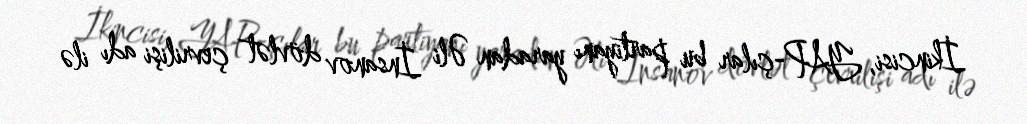
İkincisi, YAP-çılar bu partiyanı yaradan Əli İnsanov dövlət çevrilişi adı ilə